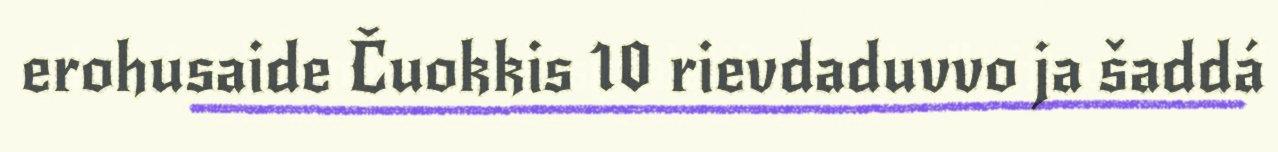
erohusaide Čuokkis 10 rievdaduvvo ja šaddá